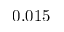
0 . 0 1 5